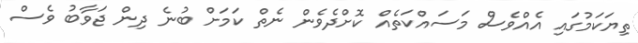
ތިޔަކަމުގައި އެއްވެސް މަސައްކަތެއް ކޮށްދެވެން ނެތް ކަމަށް ބުނެ ދިން ޖަވާބު ވެސް